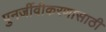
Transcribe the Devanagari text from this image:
पुनर्जीवीकरणासाठी